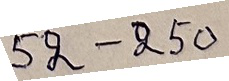
52 - 250